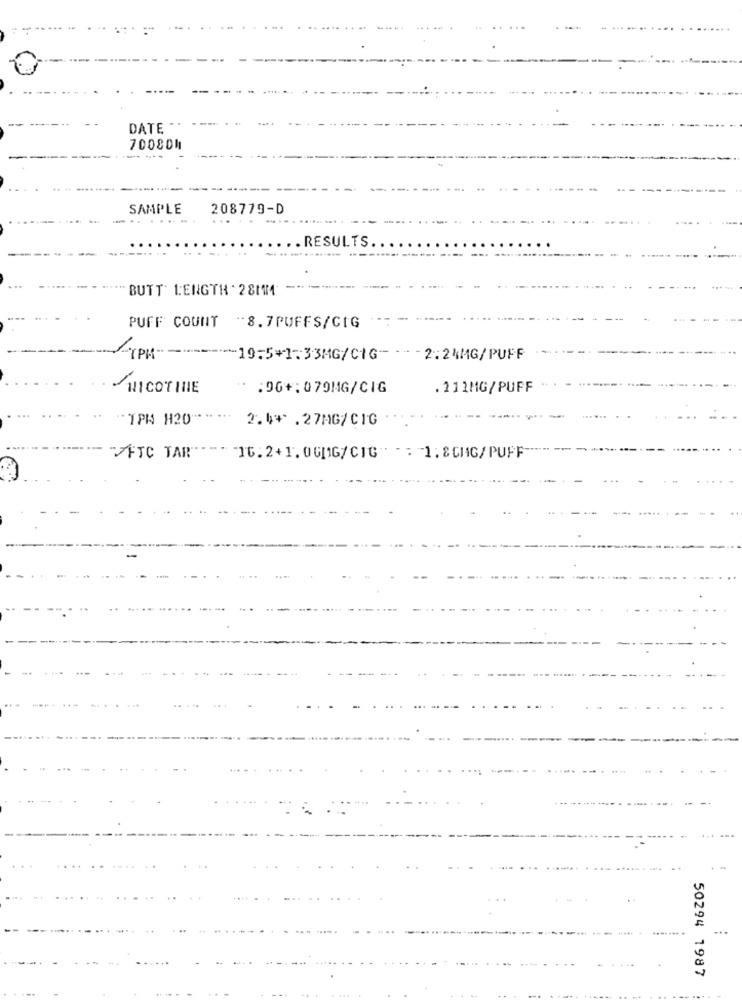
-......
.....
DATE **
70080M
SAMPLE
208779-D
...
... .
RESULTS
BUTT LENGTH . 28MM
PUFF COUNT -8.7PUFFS/CIG
LYPH
--- 19-5+1:33MG/CIG- --
2:24MG/PUFF
NICOTINE
:90+:079MG/CIG
.111MG/PUFF
"TPA H20"
2.4* . 27MG/CIG
VFTC TAR'
"" "16.2+1.00[1G/CIG" - : 1: 8CMG/PUFF
.....
50294 1987